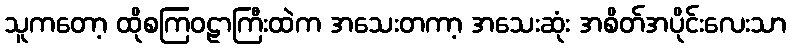
သူကတော့ ထိုစကြဝဠာကြီးထဲက အသေးတကာ့ အသေးဆုံး အစိတ်အပိုင်းလေးသာ